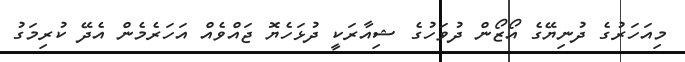
މިއަހަރުގެ ދުނިޔޭގެ އޯޒޯން ދުވަހުގެ ޝިއާރަކީ ދުޅަހެޔޮ ޖައްވެއް އަހަރެމެން އެދޭ ކުރިމަގު